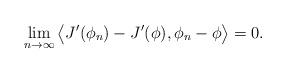
LaTeX: \begin{align*} \lim_{n \rightarrow \infty} \big< J'(\phi_n) - J'(\phi), \phi_n - \phi \big> = 0.\end{align*}